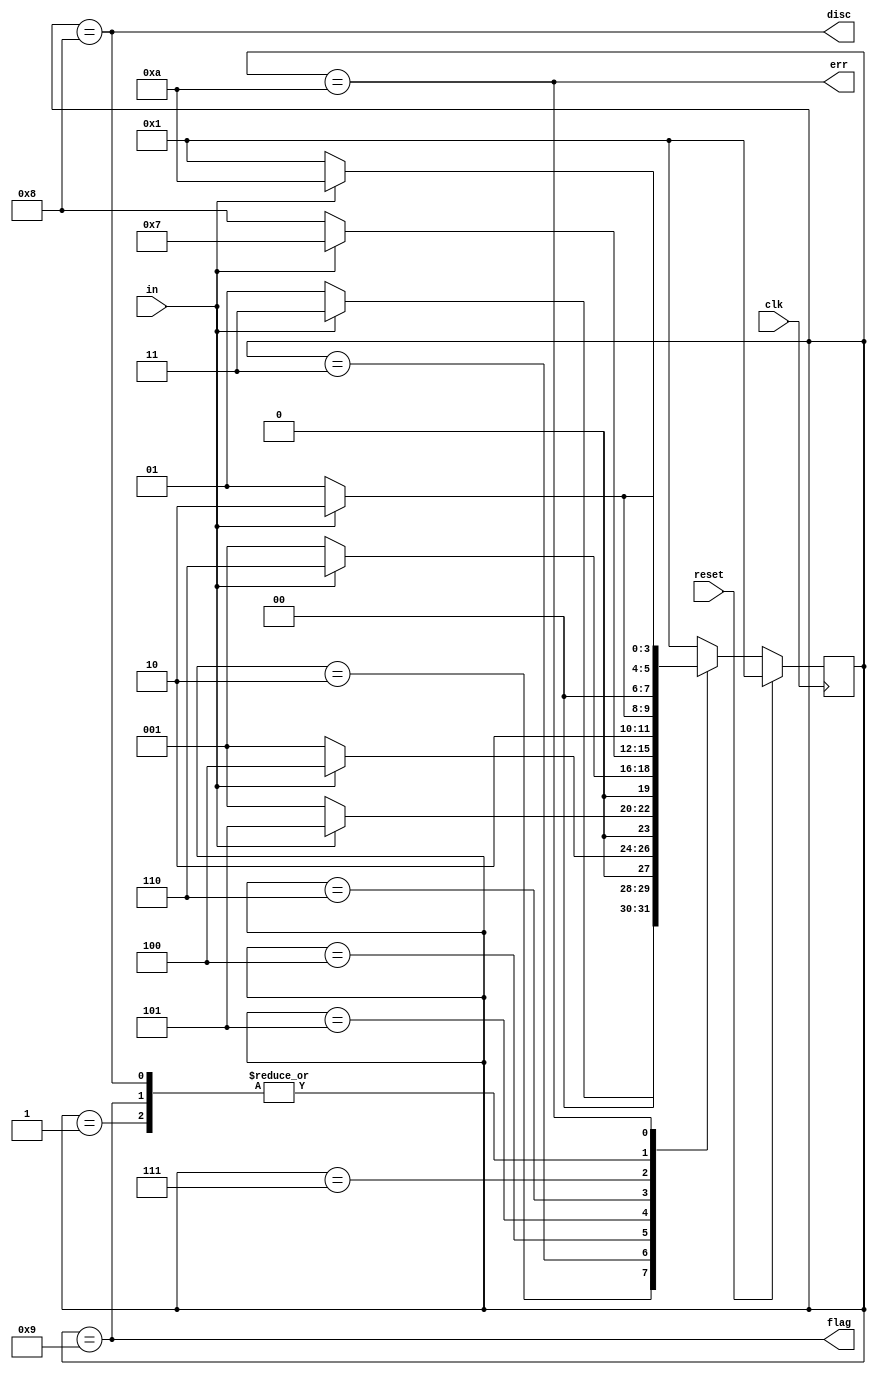
module top_module(
    input clk,
    input reset,    // Synchronous reset
    input in,
    output disc,
    output flag,
    output err);
    // FSM
    parameter s0=4'd1,s1=4'd2,s2=4'd3,s3=4'd4,s4=4'd5,
    s5=4'd6,s6=4'd7,s_disc=4'd8,s_flag=4'd9,s_err=4'd10;
    reg [3:0]state, next;
    always@(*)begin
        case(state)
            s0    : next = in?s1:s0;
            s1    : next = in?s2:s0;
            s2    : next = in?s3:s0;
            s3    : next = in?s4:s0;
            s4    : next = in?s5:s0;
            s5    : next = in?s6:s_disc;
            s6    : next = in?s_err:s_flag;
            s_disc: next = in?s1:s0;
            s_flag: next = in?s1:s0;
            s_err : next = in?s_err:s0;
            default: next = s0;
        endcase
    end
    always@(posedge clk)begin
        if(reset) state <= s0;
        else state <= next;
    end
    // output
    assign disc = state==s_disc;
    assign flag = state==s_flag;
    assign err = state==s_err;
endmodule